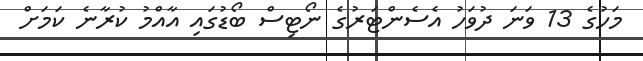
މަހުގެ 13 ވަނަ ދުވަހު އެސެންޓަރުގެ ނޯޓިސް ބޯޑުގައި އާއްމު ކުރާނެ ކަމަށް